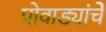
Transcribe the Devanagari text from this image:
पोवाड्यांचेे